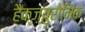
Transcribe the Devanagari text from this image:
हैक्ज़्युरोनिक